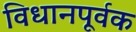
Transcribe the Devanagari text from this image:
विधानपूर्वक